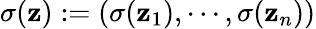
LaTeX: \sigma(\mathbf{z}):=(\sigma(\mathbf{z}_{1}),\cdots,\sigma(\mathbf{z}_{n}))